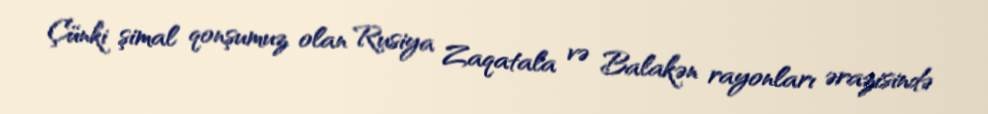
Çünki şimal qonşumuz olan Rusiya Zaqatala və Balakən rayonları ərazisində